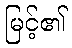
မြင့်၏